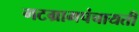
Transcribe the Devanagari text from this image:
गटग्रामपंचायती